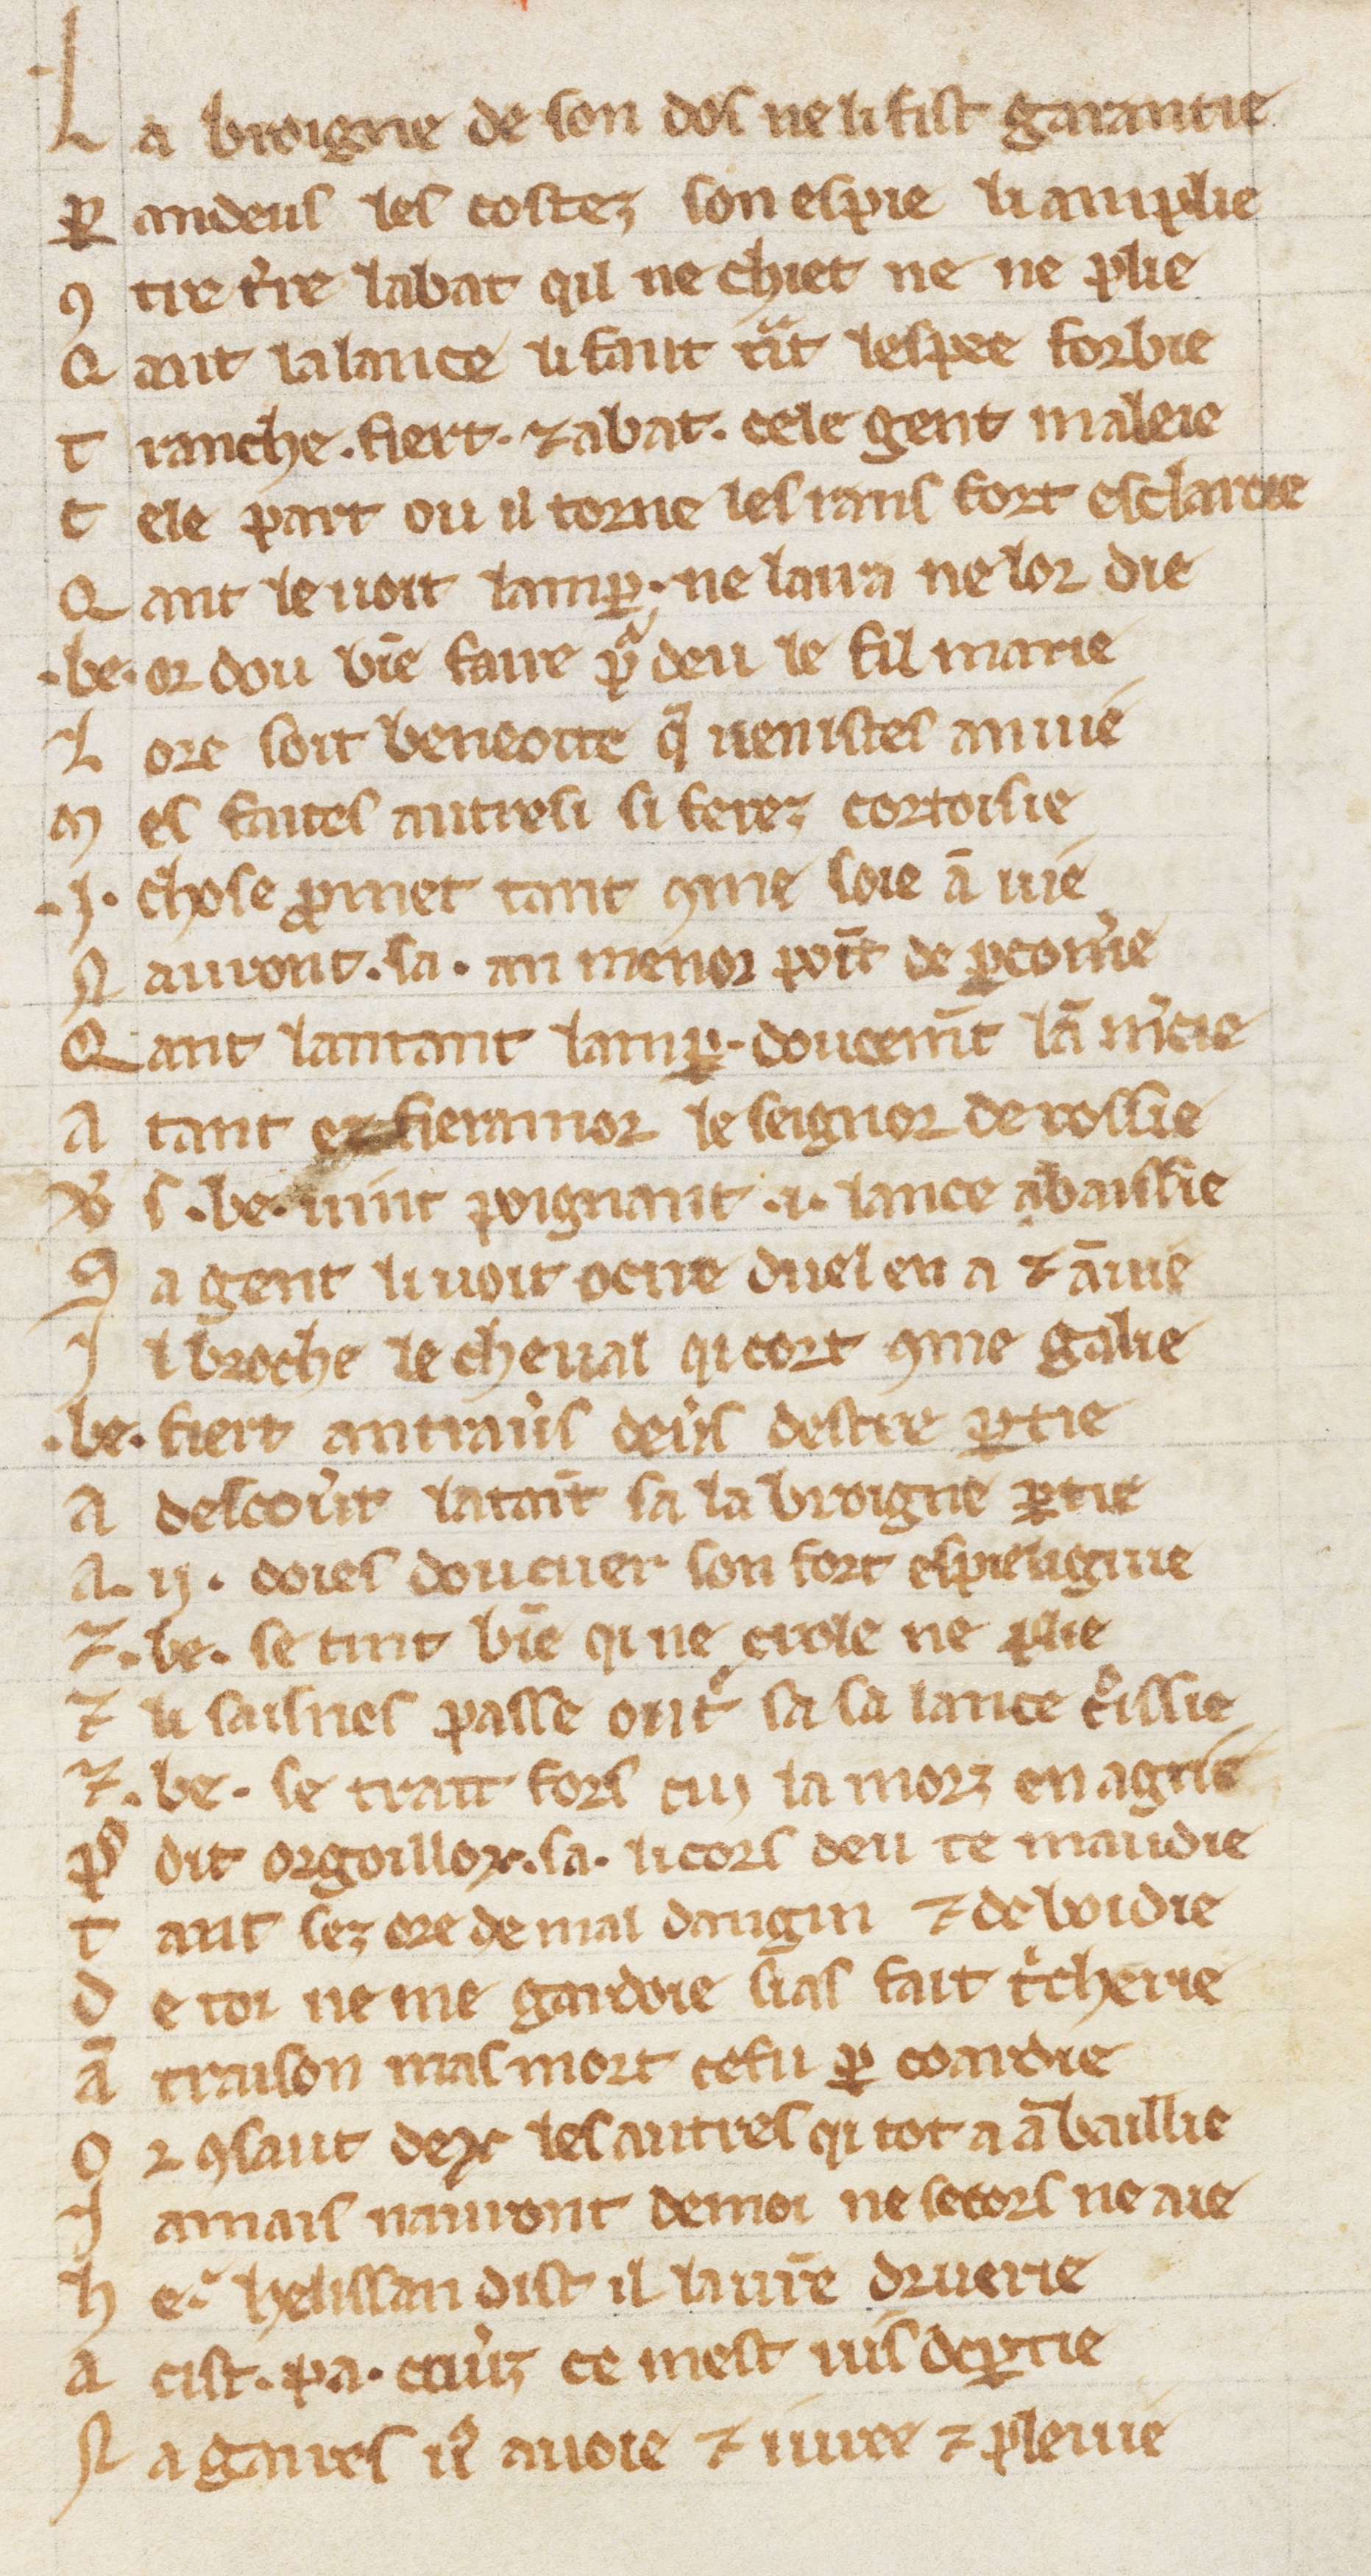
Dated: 1270–1299